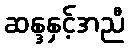
ဆန္ဒနှင့်အညီ